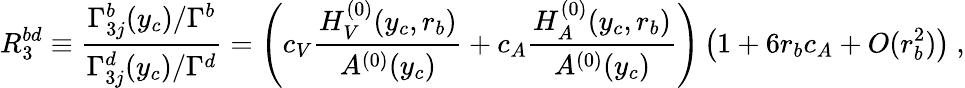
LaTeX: R_{3}^{bd}\equiv\frac{\Gamma_{3j}^{b}(y_{c})/\Gamma^{b}}{\Gamma_{3j}^{d}(y_{c})/\Gamma^{d}}=\left(c_{V}\frac{H_{V}^{(0)}(y_{c},r_{b})}{A^{(0)}(y_{c})}+c_{A}\frac{H_{A}^{(0)}(y_{c},r_{b})}{A^{(0)}(y_{c})}\right)\left(1+6r_{b}c_{A}+O(r_{b}^{2})\right)~,